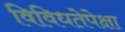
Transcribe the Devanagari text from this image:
विविधतेपेक्षा